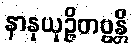
နာနုယုဉ္ဇိတဗ္ဗန္တိ